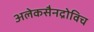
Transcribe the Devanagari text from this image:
अलेकसैनद्रोविच